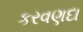
કરવણદા